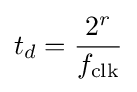
t_{d}={\frac {2^{r}}{f_{\text{clk}}}}